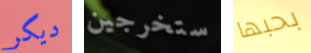
ديكر ستخرجين بحبها